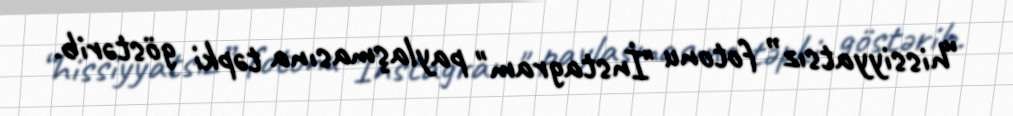
“hissiyyatsız” fotonu "İnstagram" paylaşmasına təpki göstərib.